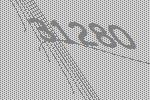
31280